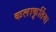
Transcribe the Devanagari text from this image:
कलाकृर्तिया